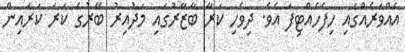
އެއްވަރެއްގައި ހިފެހެއްޓިފަ އެވެ. ދިވެހި ކަރާ ބާޒާރުގައި މަދުއިރު ބޭރުގެ ކަރަ ކަރައިން